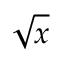
\sqrt { x }